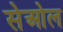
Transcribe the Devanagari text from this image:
सेओल